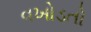
વખોડતો